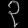
Digit: ၃